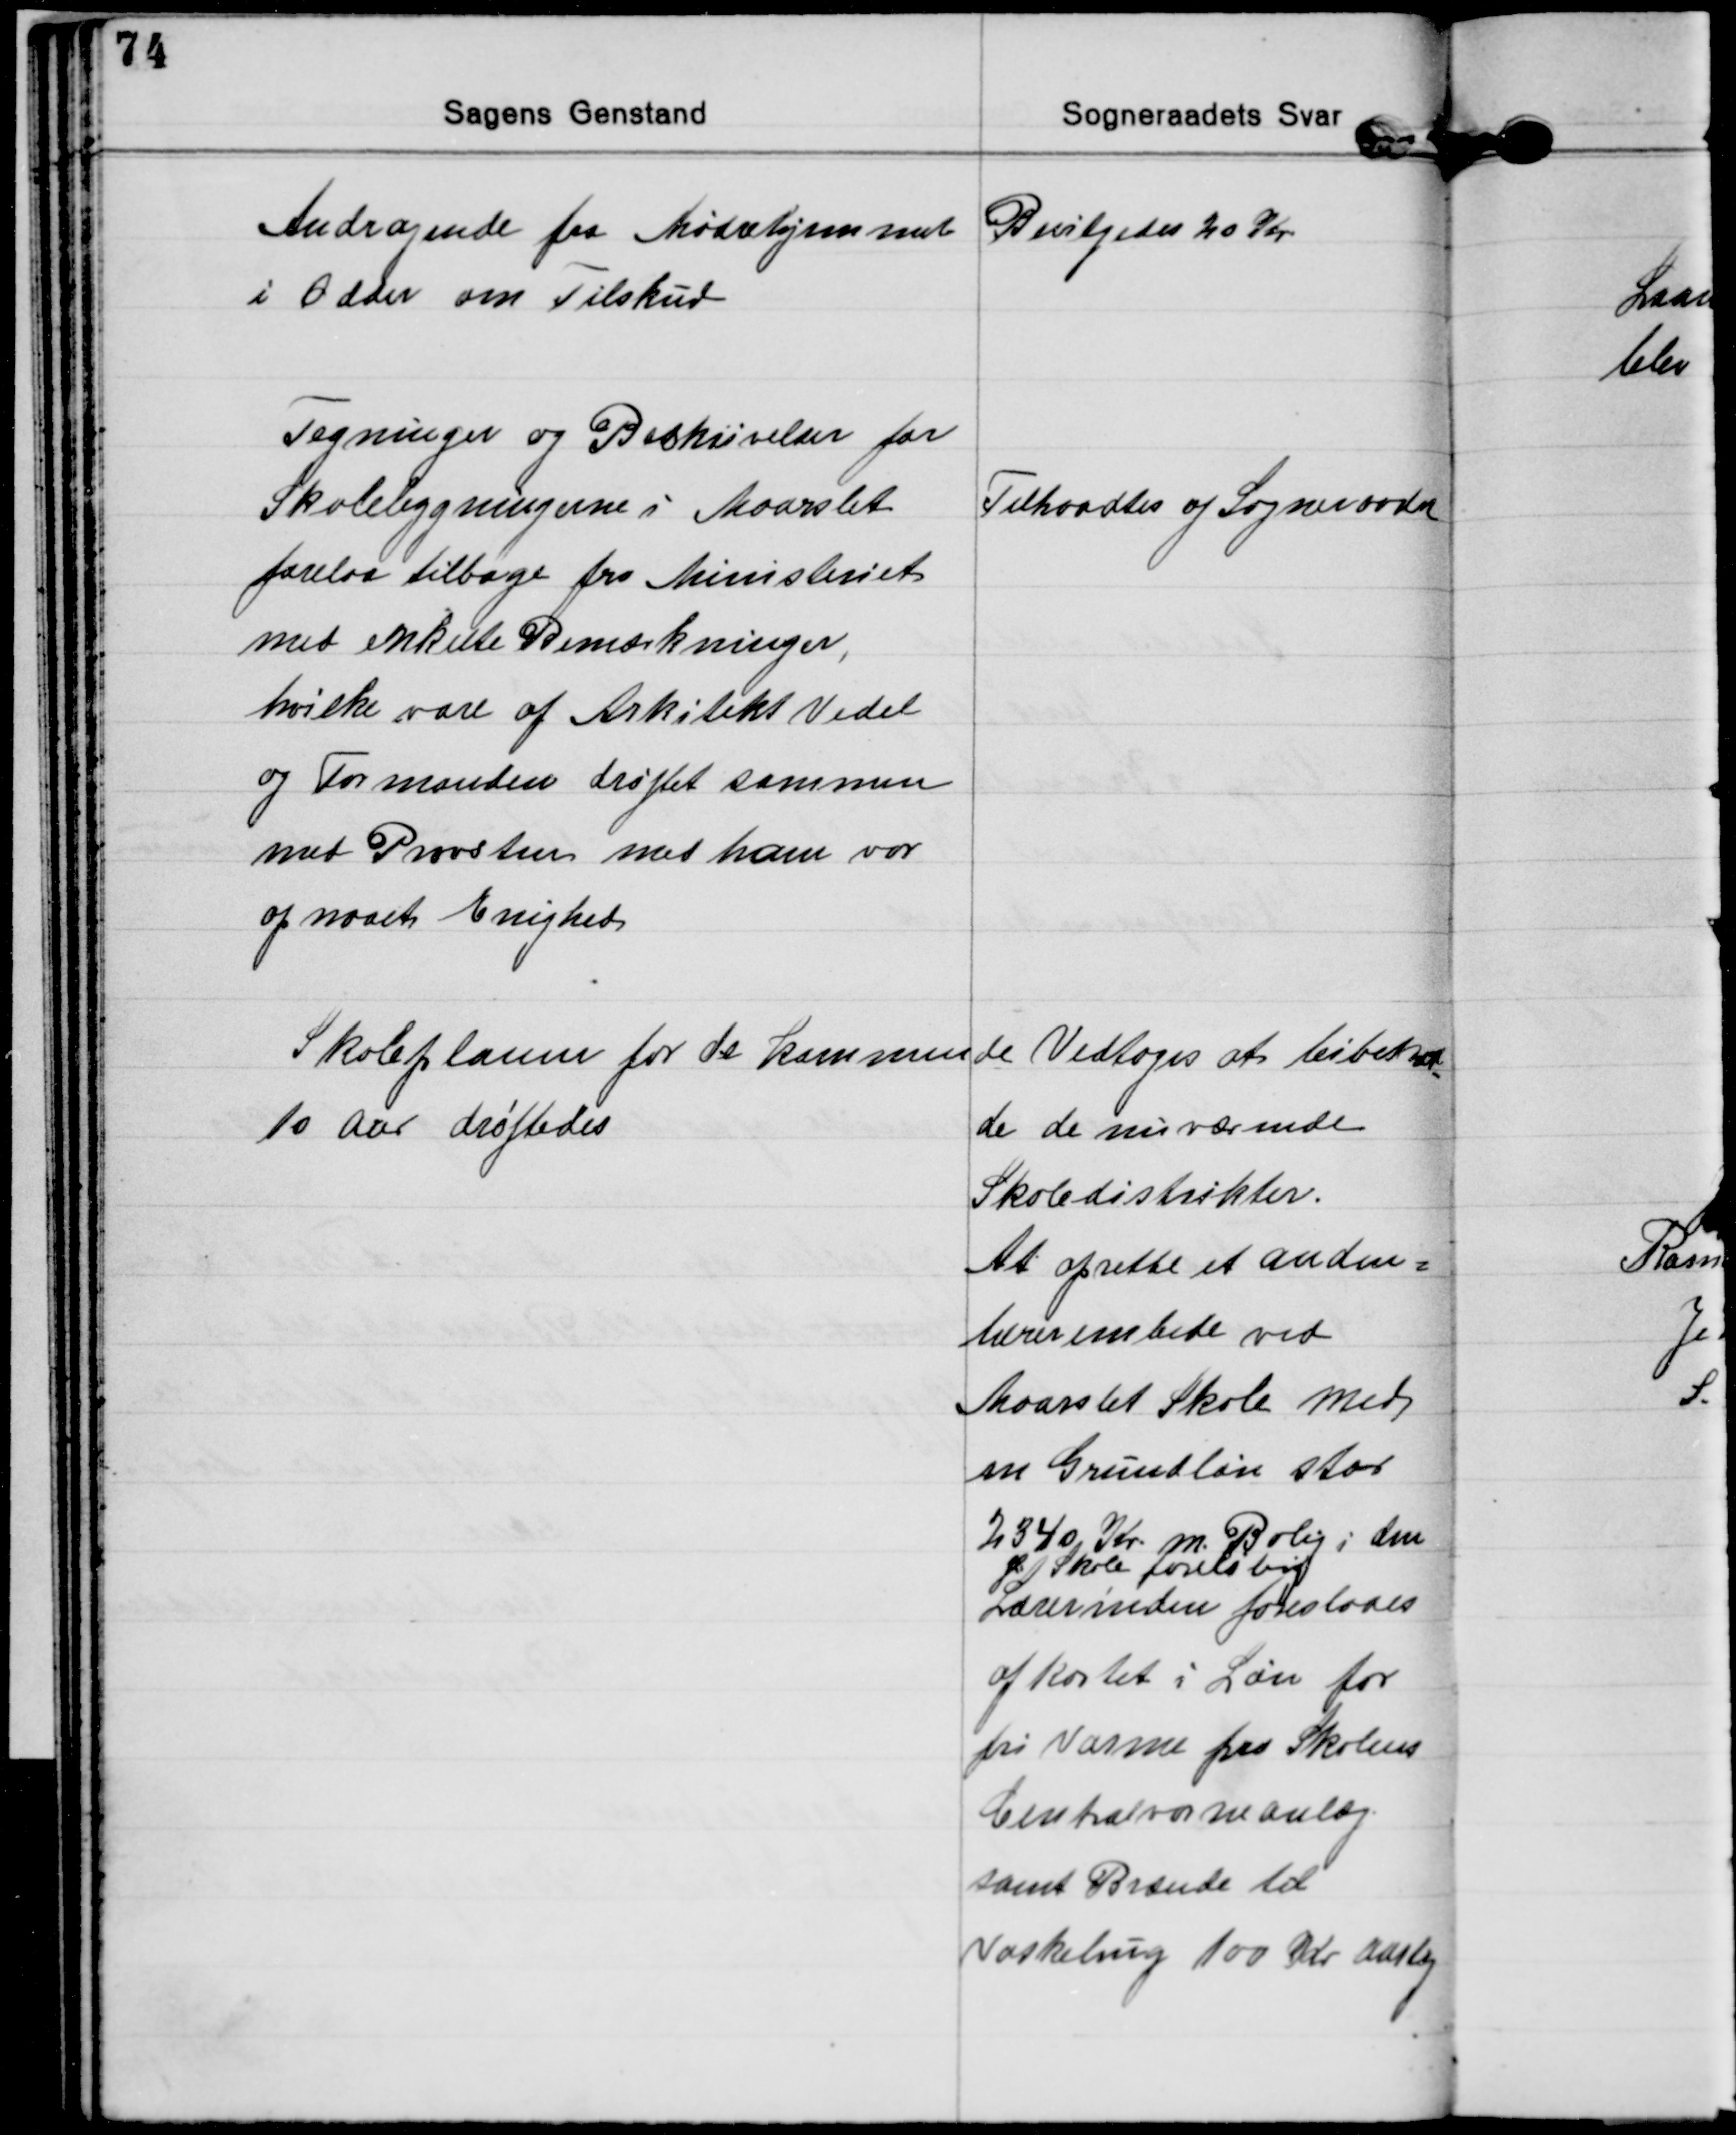
Transskription:
Andragende fra Mødrehjemmet
i Odder om Tilskud
Bevilgedes 20 Kr.

Tegninger og Beskrivelser for
Skolebygningerne i Maarslet
forelaa tilbage fra Ministeriet
med enkelte Bemærkninger,
hvilke vare af Arkitekt Vedel
og Formanden drøftet sammen
med Provsten med ham var
opnaaet Enighed
Tiltraadtes af Sogneraadet

Skoleplanen for de kommende
10 aar drøftedes
Vedtoges at bibehol
-
de de nuværende
Skoledistrikter.
At oprette et Anden=
lærerembede ved
Maarslet Skole med
en Grundløn stor
2340 Kr. m. Bolig i den
gl. Skole foreløbig
Lærerinden foreslaaes
afkortet i Løn for
fri Varme paa Skolens
Centralvarmeanlæg.
samt Brænde til
Vasketrug 100 Kr aarlig